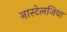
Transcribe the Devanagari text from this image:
नास्टेलजिया